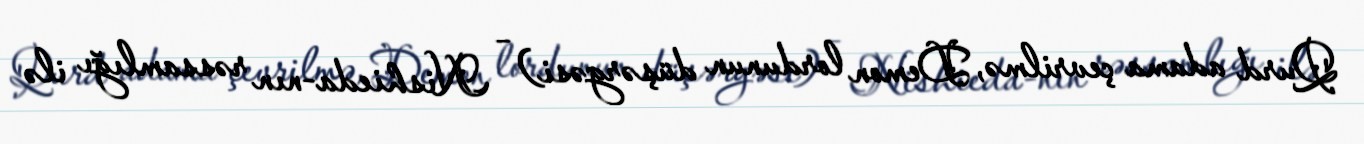
Qurd adama çevrilmə, Demon lordunun düşərgəsi) – Nishieda-nın rəssamlığı ilə